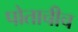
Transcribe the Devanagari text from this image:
पोताचीच